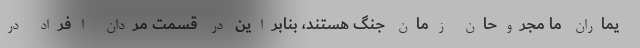
یماران ما مجروحان زمان جنگ هستند، بنابراین در قسمت مردان افراد در